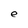
Character: e